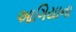
આગિયાના